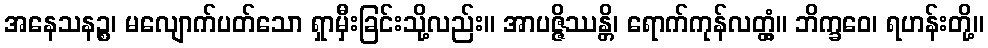
အနေသနဉ္စ၊ မလျောက်ပတ်သော ရှာမှီးခြင်းသို့လည်း။ အာပဇ္ဇိဿန္တိ၊ ရောက်ကုန်လတ္တံ့။ ဘိက္ခဝေ၊ ရဟန်းတို့။